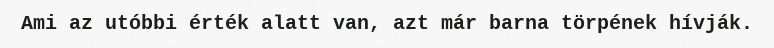
Ami az utóbbi érték alatt van, azt már barna törpének hívják.